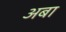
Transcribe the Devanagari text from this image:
अबा